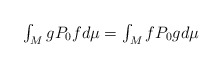
\begin{align*}\begin{array}{c}\int_{M}gP_{0}fd\mu =\int_{M}fP_{0}gd\mu\end{array}\end{align*}